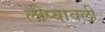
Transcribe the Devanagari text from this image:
लीप्यावली